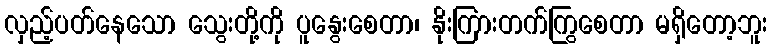
လှည့်ပတ်နေသော သွေးတို့ကို ပူနွေးစေတာ၊ နိုးကြားတက်ကြွစေတာ မရှိတော့ဘူး